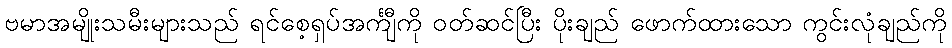
ဗမာအမျိုးသမီးများသည် ရင်စေ့ရှပ်အင်္ကျီကို ဝတ်ဆင်ပြီး ပိုးချည် ဖောက်ထားသော ကွင်းလုံချည်ကို